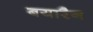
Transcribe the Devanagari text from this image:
बयारैन